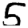
Digit: 5